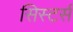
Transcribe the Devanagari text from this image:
सिस्टर्स